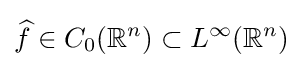
{\widehat {f}}\in C_{0}(\mathbb {R} ^{n})\subset L^{\infty }(\mathbb {R} ^{n})